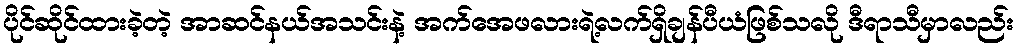
ပိုင်ဆိုင်ထားခဲ့တဲ့ အာဆင်နယ်အသင်းနဲ့ အက်အေဖလားရဲ့လက်ရှိချန်ပီယံဖြစ်သလို ဒီရာသီမှာလည်း